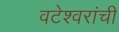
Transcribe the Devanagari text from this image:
वटेश्वरांची